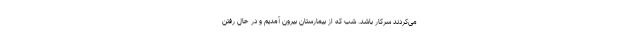
می‌کردند سرکار باشد. شب که از بیمارستان بیرون آمدیم و در حال رفتن